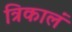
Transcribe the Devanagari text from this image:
त्रिकालं